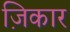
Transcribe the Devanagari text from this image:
ज़िकार